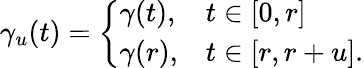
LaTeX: \gamma_{u}(t)={\left\{ \begin{array}{ll}{\gamma(t),}&{t\in[0,r]}\\ {\gamma(r),}&{t\in[r,r+u].}\end{array}\right.}